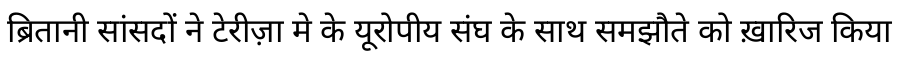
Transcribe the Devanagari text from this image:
ब्रितानी सांसदों ने टेरीज़ा मे के यूरोपीय संघ के साथ समझौते को ख़ारिज किया